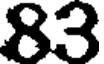
83